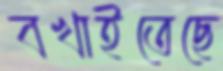
বখাইতেছে